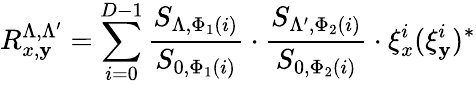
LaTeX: R_{x,\mathbf{y}}^{\Lambda,\Lambda^{\prime}}=\sum_{i=0}^{D-1}\frac{{S_{\Lambda,\Phi_{1}(i)}}}{{S_{0,\Phi_{1}(i)}}}\cdot\frac{{S_{\Lambda^{\prime},\Phi_{2}(i)}}}{{S_{0,\Phi_{2}(i)}}}\cdot\xi_{x}^{i}(\xi_{\mathbf{y}}^{i})^{*}